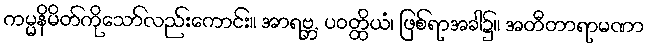
ကမ္မနိမိတ်ကိုသော်လည်းကောင်း။ အာရဗ္ဘ, ပဝတ္ထိယံ၊ ဖြစ်ရာအခါ၌။ အတီတာရာမဏာ